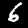
Digit: 6